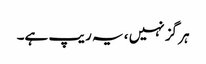
ہر گز نہیں ، یہ ریپ ہے۔